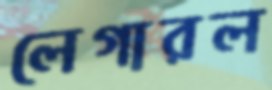
লেগারল